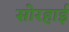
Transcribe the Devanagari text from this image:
सोरहाई